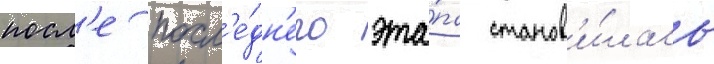
посл'е посл'е́дн'его эта́па станов'и́лась